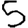
Digit: 5